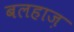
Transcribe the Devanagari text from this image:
बलहाज़